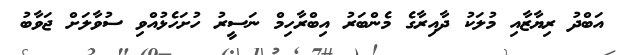
އަބްދު ރިޔާޒާއި މުލަކު ދާއިރާގެ މެންބަރު އިބްރާހިމް ނަސީރު ހުށަހެޅުއްވި ސުވާލަށް ޖަވާބު